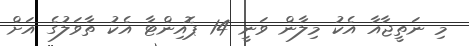
މި ނަތީޖާއާ އެކު މިލާން ވަނީ 14 ޕޮއިންޓާ އެކު ތާވަލުގެ އަށް